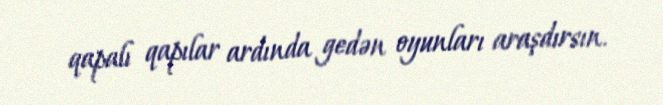
qapalı qapılar ardında gedən oyunları araşdırsın.